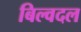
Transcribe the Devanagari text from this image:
बिल्वदल